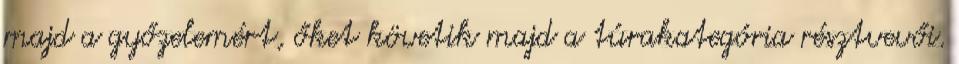
majd a győzelemért, őket követik majd a túrakategória résztvevői.